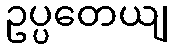
ဥပ္ပတေယျ